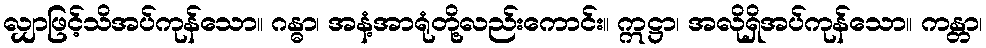
လျှာဖြင့်သိအပ်ကုန်သော။ ဂန္ဓာ၊ အနံ့အာရုံတို့လည်းကောင်း။ ဣဋ္ဌာ၊ အလိုရှိအပ်ကုန်သော။ ကန္တာ၊